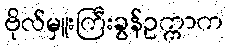
ဗိုလ်မှူးကြီးခွန်ဥက္ကာက